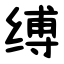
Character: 缚